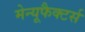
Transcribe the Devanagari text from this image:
मेन्यूफैक्टर्स